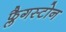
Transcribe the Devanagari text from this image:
फ्लैगस्टोन